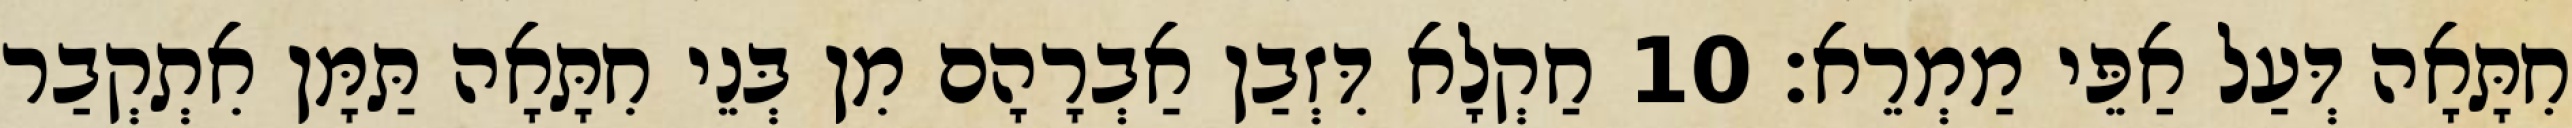
חִתָּאָה דְּעַל אַפֵּי מַמְרֵא׃ 10 חַקְלָא דִּזְבַן אַבְרָהָם מִן בְּנֵי חִתָּאָה תַּמָּן אִתְקְבַר